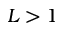
L > 1